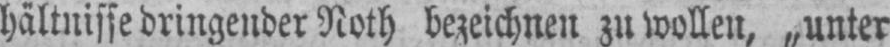
hältnisse dringender Noth bezeichnen zu wollen, „unter